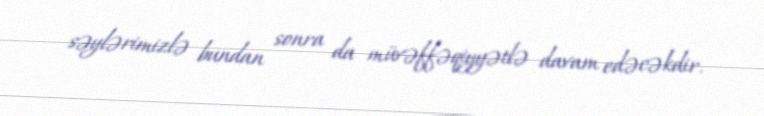
səylərimizlə bundan sonra da müvəffəqiyyətlə davam edəcəkdir.